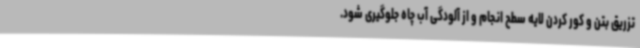
تزریق بتن و کور کردن لایه سطح انجام و از آلودگی آب چاه جلوگیری شود.